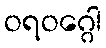
ဝရဝဂ္ဂေါ